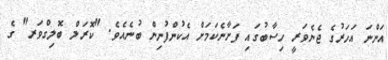
އަންނަ އަހަރުގެ ޖެނެވަރީ ހިސާބުގައި ފަށާނެކަމަށް އެކުންފުނިން ބުނެއެވެ. "ކޮރަލް ބޮލިގްވަރ" ގެ